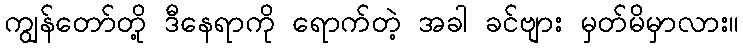
ကျွန်တော်တို့ ဒီနေရာကို ရောက်တဲ့ အခါ ခင်ဗျား မှတ်မိမှာလား။